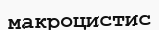
макроцистис